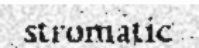
stromatic